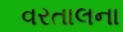
વરતાલના